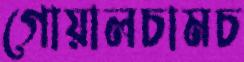
গোয়ালচামচ